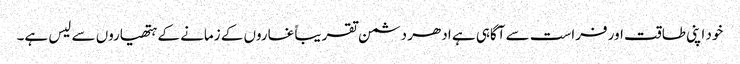
خود اپنی طاقت اور فراست سے آگاہی ہے ادھر دشمن تقریباً غاروں کے زمانے کے ہتھیاروں سے لیس ہے۔